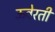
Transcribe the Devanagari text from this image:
ऊवेरती